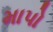
માપો